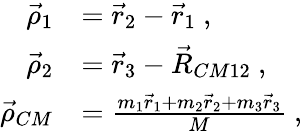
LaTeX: \begin{array}{rl}{\vec{\rho}_{1}}&{=\vec{r}_{2}-\vec{r}_{1}~,}\\ {\vec{\rho}_{2}}&{=\vec{r}_{3}-\vec{R}_{CM12}~,}\\ {\vec{\rho}_{CM}}&{=\frac{m_{1}\vec{r}_{1}+m_{2}\vec{r}_{2}+m_{3}\vec{r}_{3}}{M}~,}\end{array}